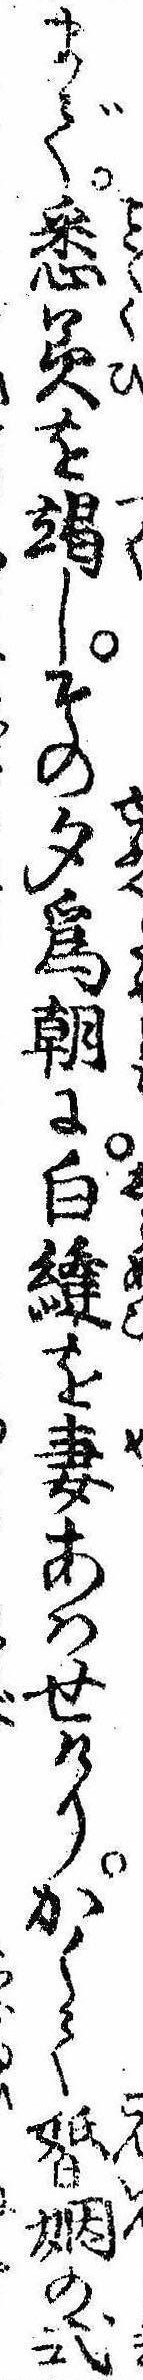
まで悉美を竭しその夕為朝に白縫を妻あはせけりかくて婚姻の式